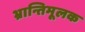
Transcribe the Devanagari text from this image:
भ्रान्तिमूलक